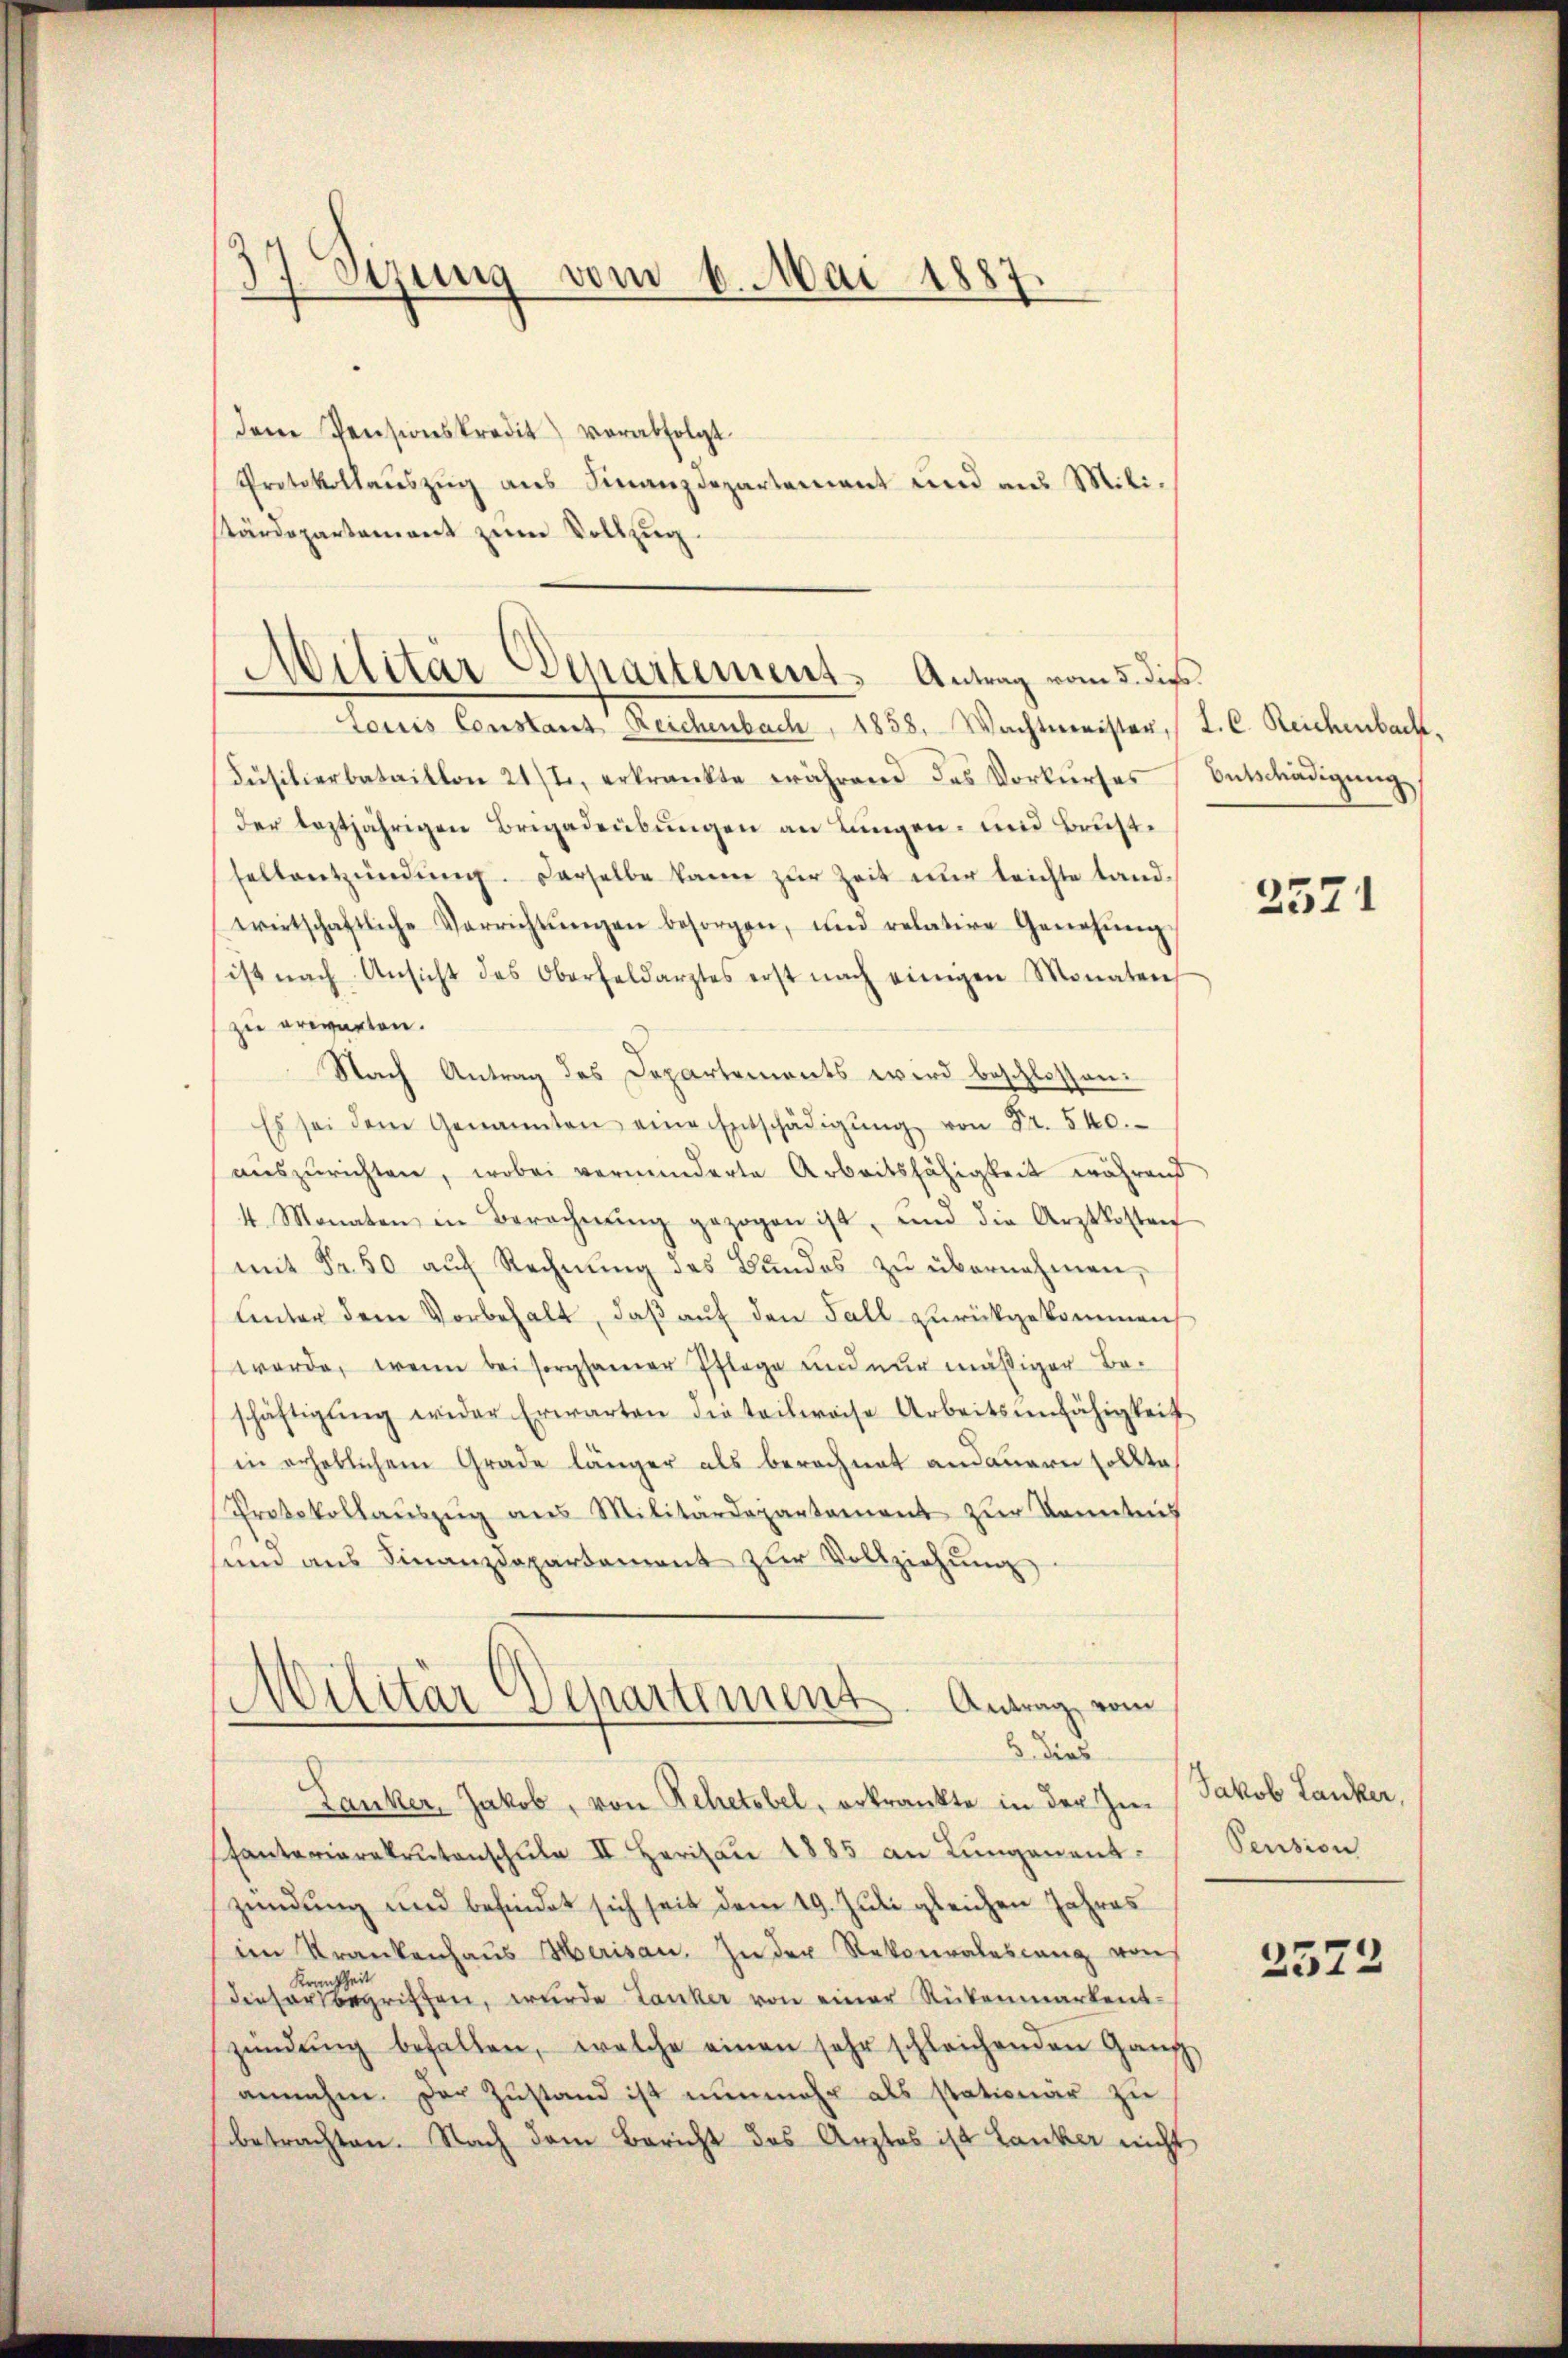
9.
7 Verung vom 6. Mai 1887.

dem Pensionskredit verabfolgt.
Protokollauszug aus Finanzdepartement und aus Milistärdepartement zum Vollzug.

Louis Constant Reichenbach, 1858, Wachtmeister, (I. C. Reichenbach,
Füsilierbataillon 21/2, erkrankte während des Vorkŭrses Entschädigŭng
der leztjährigen Brigadeübungen an Lungen- und Brust¬
Fellentzündung. Derselbe kann zur Zeit nur leichte Landwirtschaftliche Verrichtŭngen besorgen, und relative Genehmig
ist nach Ansicht des Oberfeldarztes erst nach einigen Monaten,
zu erwarten.
Nach Antrag des Departements wird beschlossen:
Es sei dem Genannten eine Entschädigŭng von Fr. 540.
auszurichten, wobei verminderte Arbeitsfähigkeit während
4 Monaten in Berechnŭng gezogen ist, und die Arztkosten
mit Fr. 50 auf Rechnung des Bundes zu übernehmen,
Unter dem Vorbehalt, daß auf den Fall zurückgekommen
werde, wenn bei sorgsamer Pflege und nur mäßiger Beschäftigŭng wieder Erwarten die teilweise Arbeitsunfähigkeit
in erheblichem Grade länger als berechnet andauern sollte,
Protokollaŭszŭg aŭs Militärdepartement zŭr Kenntnis
um aus Finanzdepartement zur Vollziehŭng
Militär Departement. Antrag vom
6 dies
Lanker, Jakob, von Schetebel, erkrankte in der Im
Fantarierekrutenschule II. Herisau 1885 an Lungenentzündung und befindet sich seit dem 19. Juli gleichen Jahres
im Krankenhaŭs Herisau. In der Rekoralesang von
Dieser begriffen, wurde Lanker von einer Rückenmarkentzündŭng befallen, welche einen sehr schleichenden Ganz
annahm. Der Zŭstand ist nunmehr als stationär zu
betrachten. Nach dem Bericht das Arztes ist Lander nicht

Militär Departement. Antrag vom 5. dies

2571

Jakob Lanker,
Pension

2572